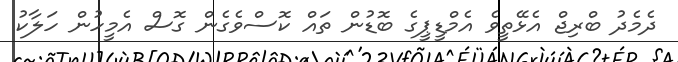
ދެމެދު ބްރިޖް އެޅޭތީވެ އެމްޑީޕީގެ ބޮޑުން ތައް ކޮސްވެގެން ގޮސް އެމީހުން ހަލާކު